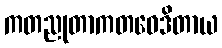
ကတညုတာကတဝေဒိတာယ